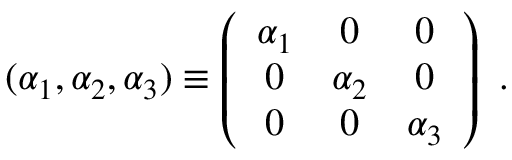
( \alpha _ { 1 } , \alpha _ { 2 } , \alpha _ { 3 } ) \equiv \left( \begin{array} { c c c } { { \alpha _ { 1 } } } & { { 0 } } & { { 0 } } \\ { { 0 } } & { { \alpha _ { 2 } } } & { { 0 } } \\ { { 0 } } & { { 0 } } & { { \alpha _ { 3 } } } \end{array} \right) ~ . ~ \,